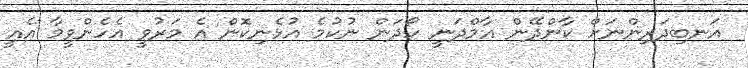
އަނބިދަރިންނަށް ކާންދޭން އާމްދަނީ ހޯދަން ނުކުމެ އުޅެނިކޮން އެ މަރުވީ އެހެންވީމާ އެއީ